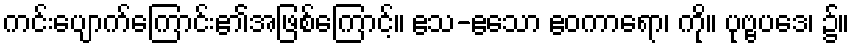
ကင်းပျောက်ကြောင်း၏အဖြစ်ကြောင့်။ ဧသ-ဧသော ဧဝကာရော၊ ကို။ ပုဗ္ဗပဒေ၊ ၌။